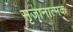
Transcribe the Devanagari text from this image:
सृजानात्मक